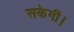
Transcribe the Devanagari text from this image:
सकेगीं।